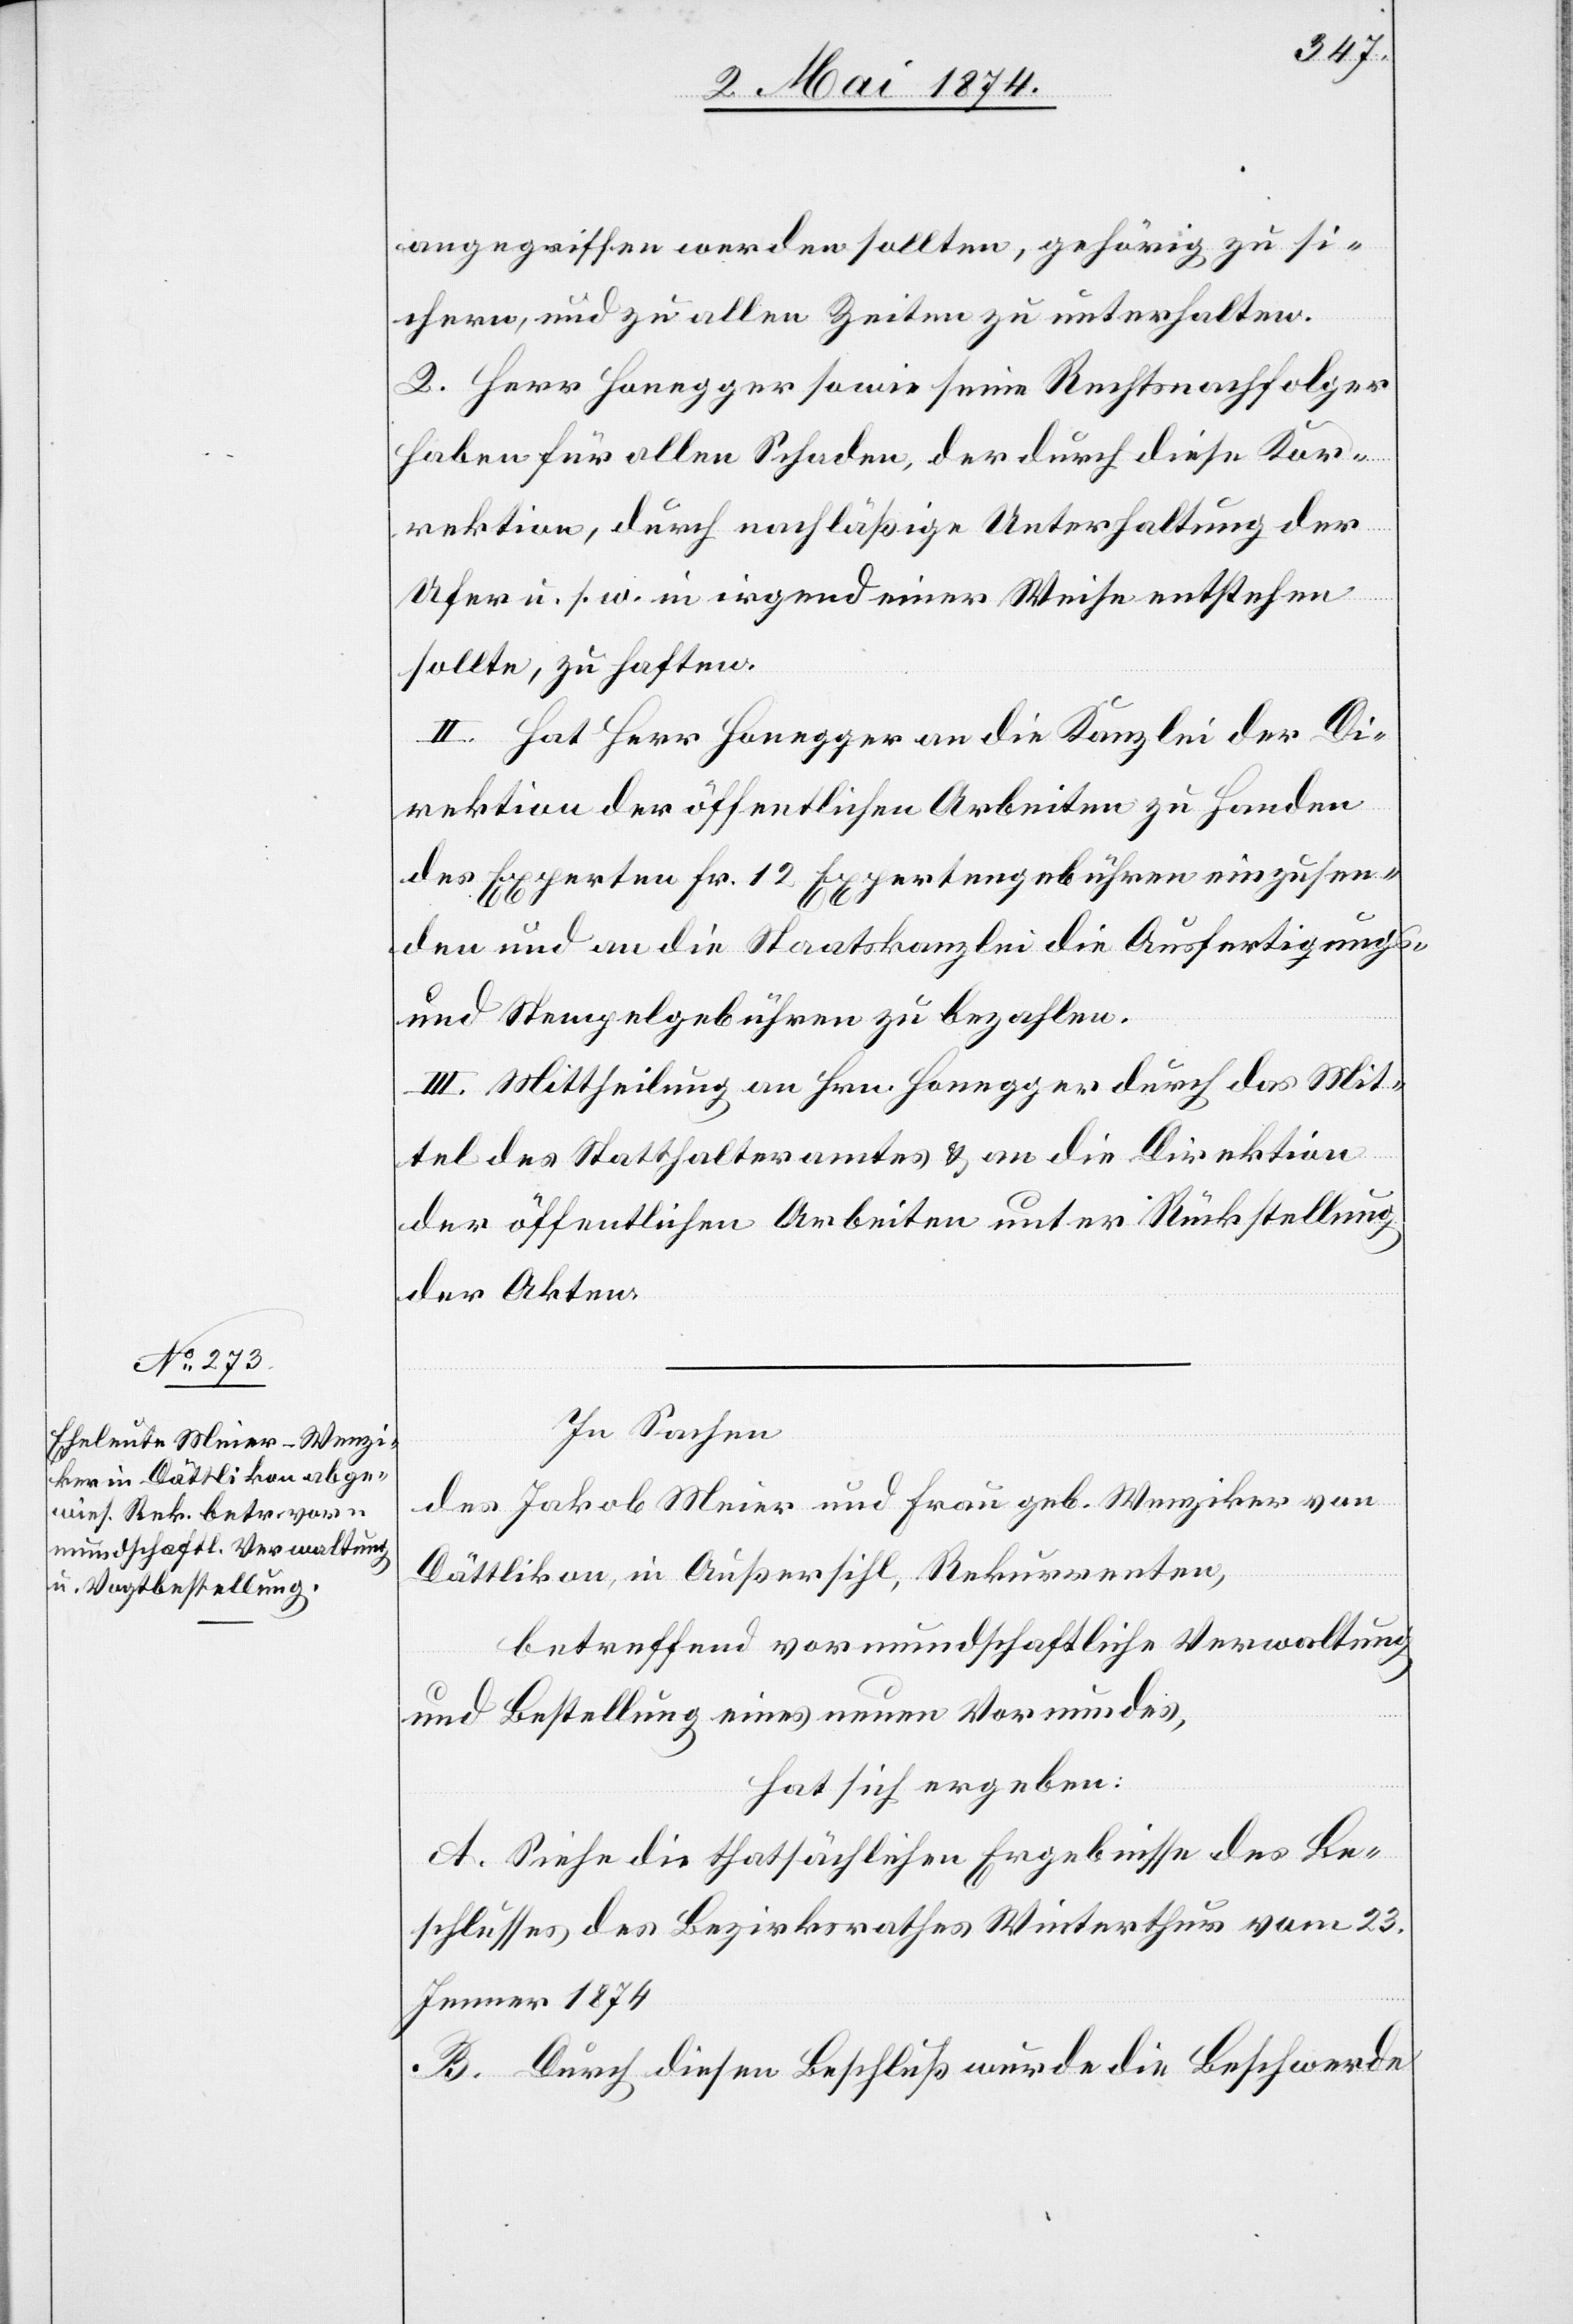
angegriffen werden sollten, gehörig zu si¬
cheren, und zu allen Zeiten zu unterhalten.
2. Herr Honegger sowie seine Rechtsnachfolger
haben für allen Schaden, der durch diese Kor¬
rektion, durch nachläßige Unterhaltung der
Ufer u. s. w. in irgend einer Weise entstehen
sollte, zu haften.
II. Hat Herr Honegger an die Kanzlei der Di¬
rektion der öffentlichen Arbeiten zu Handen
des Experten Fr. 12 Expertengebühren einzusen¬
den und an die Staatskanzlei die Ausfertigungs-
und Stempelgebühren zu bezahlen.
III. Mittheilung an Hrn. Honegger durch das Mit¬
tel des Statthalteramtes u. an die Direktion
der öffentlichen Arbeiten unter Rückstellung
der Akten.
In Sachen
des Jakob Meier und Frau geb. Wenziker von
Dättlikon, in Außersihl, Rekurrenten,
betreffend vormundschaftliche Verwaltung
und Bestellung eines neuen Vormundes,
hat sich ergeben:
A. Siehe die thatsächlichen Ergebnisse des Be¬
schlusses des Bezirksrathes Winterthur vom 23.
Jenner 1874[.]
B. Durch diesen Beschluß wurde die Beschwerde